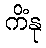
ကိံနု